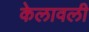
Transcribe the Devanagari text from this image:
केलावली